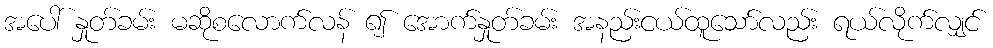
အပေါ် နှုတ်ခမ်း မဆိုစလောက်လန် ၍ အောက်နှုတ်ခမ်း အနည်းငယ်ထူသော်လည်း ရယ်လိုက်လျှင်